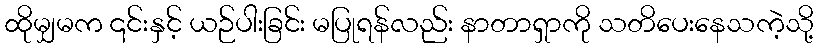
ထိုမျှမက ၎င်းနှင့် ယဉ်ပါးခြင်း မပြုရန်လည်း နာတာရှာကို သတိပေးနေသကဲ့သို့